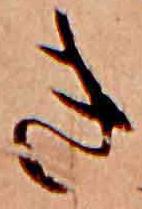
き